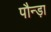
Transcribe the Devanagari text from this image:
पौन्ड़ा